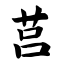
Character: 莒